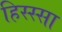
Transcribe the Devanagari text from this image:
हिस्स्सा